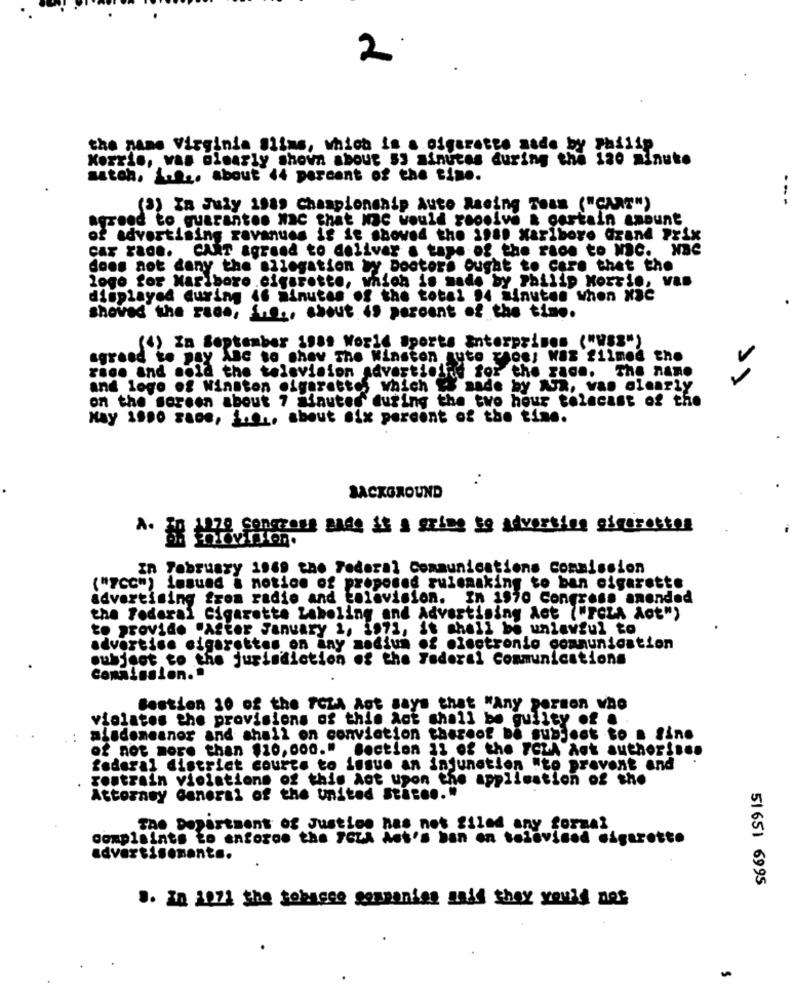
2
the name Virginia Slims, which is a cigarette made by Philip
Korris, was clearly shown about 53 minutes during the 120 minute
saton. i .... about 44 percent of the time.
....
(2) In July 1989 Championship Auto Racing Team ("CAT")
reed to quarantes Nnc that Mac would receive a certain amount
of advertising revenues if it showed the 1980 Xaribore Grand Prix
car raGG. CART Agreed to deliver . tape of the race to Mc. NBC
does not dany the allegation wy Doctors Ought to care that the
logo for Marlboro.cigarette, which is made by Philip Morris, Van
displayed during 46 minutes of the total $4 Minutes when Nac
shoved the race, i ..., shout 49 percent of the time.
(4) In September 198. World Sports Enterprises ("WSS")
agreed to pay Anc to shav The Winston auto rhoe; WAS filmed the
race and sold the television advertielke for the rage. The name
and logo of Winston cigarettes which is
S sade by AJR, van olearly
on the soreen about 7 minutes during the two hour tolacast of the
May 1990 za00, å ..., about six percent of the time.
. .
BACKGROUND
1228 congress made it & aring so adversing gigsrestos
In February 1969 the Federal Communications Commission
("FCC") losund & notice of proposed rulemaking to ban cigarette
advertising from radio and television. In 1970 Congress anended
the federal Cigarette Labeling and Advertising Act ("FCLA Act")
to provide "After January 2, 1971, it shall be unlawful to
advertise cigarettes on any medium of electronio communication
subject to the jurisdiction of the Federal Communications
Commission. .
Gestion 10 of the PeZA Aet says that "Any person who
violates the provisions of this act shall be guilty of .
alademeanor and shall on conviction thereof be subject to . fine
of not more than $10,000." Section 11 of the FCZA Aat author ....
federal district courte to issue an injunction "to prevent and
restrain violations of this Act upon the application of the
.
Attorney General of the united States."
The Department of Justice nas not filed any formal
complaints to enforce the "CZA Ant's ban on tolavined cigarette
advertisement ..
51 651 6995
3. In 1021 the sebacee sespanies said they you'd nos